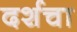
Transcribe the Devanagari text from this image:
दर्शचा